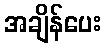
အချိန်ပေး